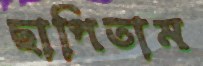
ছাপিতাম